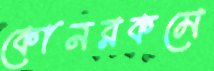
কোনরকমে